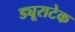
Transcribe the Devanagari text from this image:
ड्यूराटेक